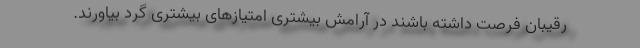
رقیبان فرصت داشته باشند در آرامش بیشتری امتیازهای بیشتری گرد بیاورند.